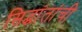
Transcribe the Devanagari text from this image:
सिद्घांतांची